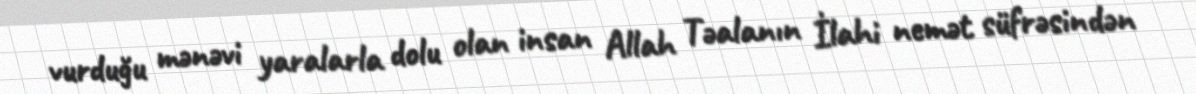
vurduğu mənəvi yaralarla dolu olan insan Allah Təalanın İlahi nemət süfrəsindən